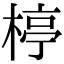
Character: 楟